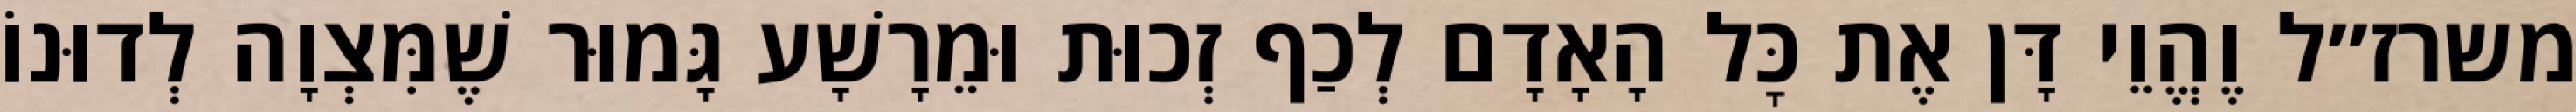
משרז״ל וֶהֱוֵי דָּן אֶת כׇּל הָאָדָם לְכַף זְכוּת וּמֵרָשָׁע גָּמוּר שֶׁמִּצְוָה לְדוּנוֹ